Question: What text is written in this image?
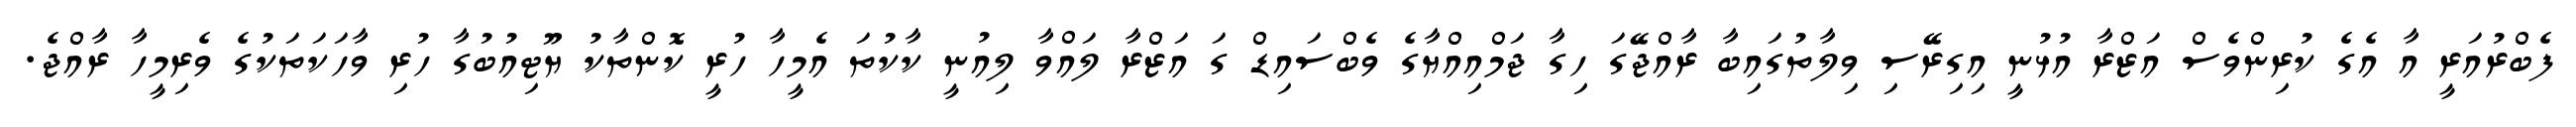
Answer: ފެބްރުއަރީ އާ އެގެ ކުރިންވެސް އަޒްރާ އުޅުނީ އިގިރޭސި ވިލާތުގައިބާ ރާއްޖޭގަ ހިގާ ޖަމްއިއްޔާގެ ވެބްސައިޑް ގަ އަޒްރާ ލައްވާ ލިއުނީ ކާކުތަ އެމީހާ ހުރީ ކޮންތާކު ޔޫޓިއުބުގާ ހުރި ވާހަކަތަކުގެ ވެރިމީހާ ރާއްޖެ.